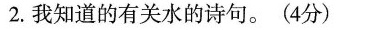
2. 我知道的关水的诗句。（4分）